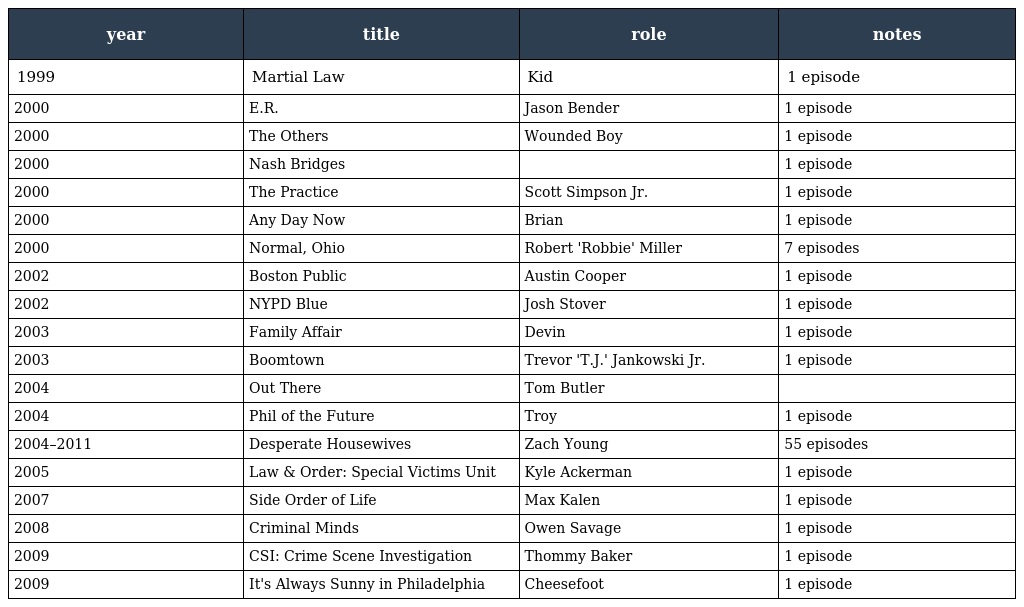
| year | title | role | notes |
 | --- | --- | --- | --- |
 | 1999 | Martial Law | Kid | 1 episode |
 | 2000 | E.R. | Jason Bender | 1 episode |
 | 2000 | The Others | Wounded Boy | 1 episode |
 | 2000 | Nash Bridges |  | 1 episode |
 | 2000 | The Practice | Scott Simpson Jr. | 1 episode |
 | 2000 | Any Day Now | Brian | 1 episode |
 | 2000 | Normal, Ohio | Robert 'Robbie' Miller | 7 episodes |
 | 2002 | Boston Public | Austin Cooper | 1 episode |
 | 2002 | NYPD Blue | Josh Stover | 1 episode |
 | 2003 | Family Affair | Devin | 1 episode |
 | 2003 | Boomtown | Trevor 'T.J.' Jankowski Jr. | 1 episode |
 | 2004 | Out There | Tom Butler |  |
 | 2004 | Phil of the Future | Troy | 1 episode |
 | 2004–2011 | Desperate Housewives | Zach Young | 55 episodes |
 | 2005 | Law & Order: Special Victims Unit | Kyle Ackerman | 1 episode |
 | 2007 | Side Order of Life | Max Kalen | 1 episode |
 | 2008 | Criminal Minds | Owen Savage | 1 episode |
 | 2009 | CSI: Crime Scene Investigation | Thommy Baker | 1 episode |
 | 2009 | It's Always Sunny in Philadelphia | Cheesefoot | 1 episode |